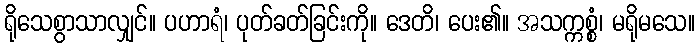
ရိုသေစွာသာလျှင်။ ပဟာရံ၊ ပုတ်ခတ်ခြင်းကို။ ဒေတိ၊ ပေး၏။ အသက္ကစ္စံ၊ မရိုမသေ။